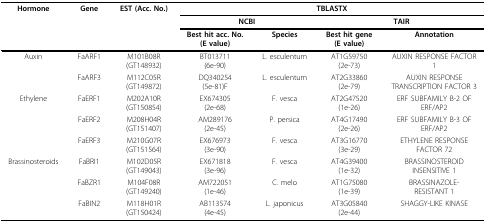
<table><thead><tr><td><b>Hormone</b></td><td><b>Gene</b></td><td><b>EST (Acc. No.)</b></td><td colspan="4"><b>TBLASTX</b></td></tr><tr><td></td><td></td><td></td><td colspan="2"><b>NCBI</b></td><td colspan="2"><b>TAIR</b></td></tr><tr><td></td><td></td><td></td><td><b>Best hit acc. No.(E value)</b></td><td><b>Species</b></td><td><b>Best hit gene(E value)</b></td><td><b>Annotation</b></td></tr></thead><tbody><tr><td>Auxin</td><td>FaARF1</td><td>M101B08R(GT148932)</td><td>BT013711(6e-90)</td><td>L. esculentum</td><td>AT1G59750(2e-73)</td><td>AUXIN RESPONSE FACTOR1</td></tr><tr><td></td><td>FaARF3</td><td>M112C05R(GT149872)</td><td>DQ340254(5e-81)F</td><td>L. esculentum</td><td>AT2G33860(2e-79)</td><td>AUXIN RESPONSETRANSCRIPTION FACTOR 3</td></tr><tr><td>Ethylene</td><td>FaERF1</td><td>M202A10R(GT150854)</td><td>EX674305(2e-68)</td><td>F. vesca</td><td>AT2G47520(1e-26)</td><td>ERF SUBFAMILY B-2 OFERF/AP2</td></tr><tr><td></td><td>FaERF2</td><td>M208H04R(GT151407)</td><td>AM289176(2e-45)</td><td>P. persica</td><td>AT4G17490(2e-26)</td><td>ERF SUBFAMILY B-3 OFERF/AP2</td></tr><tr><td></td><td>FaERF3</td><td>M210G07R(GT151564)</td><td>EX676973(3e-90)</td><td>F. vesca</td><td>AT3G16770(3e-29)</td><td>ETHYLENE RESPONSEFACTOR 72</td></tr><tr><td>Brassinosteroids</td><td>FaBRI1</td><td>M102D05R(GT149043)</td><td>EX671818(3e-96)</td><td>F. vesca</td><td>AT4G39400(1e-32)</td><td>BRASSINOSTEROIDINSENSITIVE 1</td></tr><tr><td></td><td>FaBZR1</td><td>M104F08R(GT149240)</td><td>AM722051(1e-46)</td><td>C. melo</td><td>AT1G75080(1e-39)</td><td>BRASSINAZOLE-RESISTANT 1</td></tr><tr><td></td><td>FaBIN2</td><td>M118H01R(GT150424)</td><td>AB113574(4e-45)</td><td>L. japonicus</td><td>AT3G05840(2e-44)</td><td>SHAGGY-LIKE KINASE</td></tr></tbody></table>